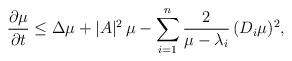
LaTeX: \begin{align*} \frac{\partial \mu}{\partial t} \leq \Delta \mu + |A|^2 \, \mu - \sum_{i=1}^n \frac{2}{\mu-\lambda_i} \, (D_i \mu)^2,\end{align*}